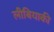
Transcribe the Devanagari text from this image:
लीबियाकी